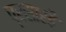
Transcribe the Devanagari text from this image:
प्रसारहै